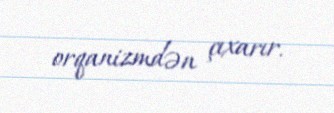
orqanizmdən çıxarır.